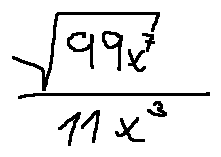
\frac { \sqrt { 9 9 x ^ { 7 } } } { 1 1 x ^ { 3 } }